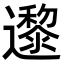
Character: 邌